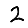
Digit: 2